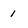
Character: i